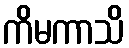
ကိမကာသိ